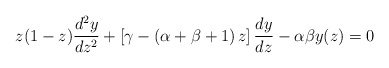
\begin{align*}z(1-z)\frac{d^{2}y}{dz^{2}}+\left[\gamma-\left(\alpha+\beta+1\right)z\right]\frac{dy}{dz}-\alpha\beta y(z)=0\end{align*}